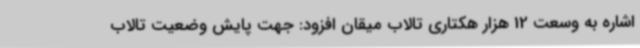
اشاره به وسعت 12 هزار هکتاری تالاب میقان افزود: جهت پایش وضعیت تالاب